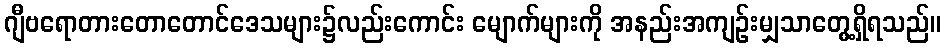
ဂျီဗရောတားတောတောင်ဒေသများ၌လည်းကောင်း မျောက်များကို အနည်းအကျဉ်းမျှသာတွေ့ရှိရသည်။